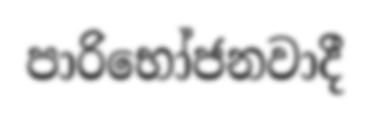
පාරිභෝජනවාදී